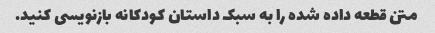
متن قطعه داده شده را به سبک داستان کودکانه بازنویسی کنید.